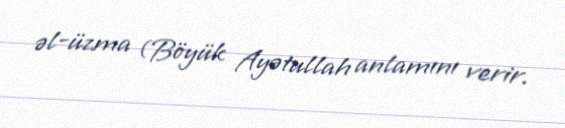
əl-üzma (Böyük Ayətullah anlamını verir.